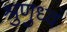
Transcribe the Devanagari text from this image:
श्रुणुध्वं